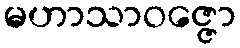
မဟာသာဝဇ္ဇော